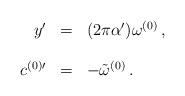
\begin{align*}\begin{array}{rcl}y^\prime &=& (2\pi\alpha^\prime)\omega^{(0)} \, ,\\& &\\c^{(0)\prime} &=& -{\tilde \omega}^{(0)} \, .\\\end{array}\end{align*}